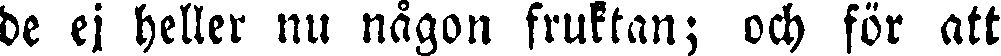
de ej heller nu nägon fruktan; och för att